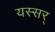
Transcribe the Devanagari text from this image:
यस्सर्